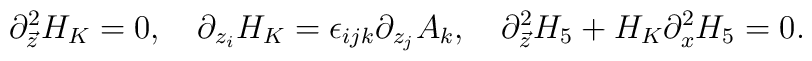
\partial^{2}_{\vec{z}}H_{K}=0,\ \ \ \partial_{z_{i}}H_{K}=\epsilon_{ijk}\partial_{z_{j}}A_{k},\ \ \ \partial^{2}_{\vec{z}}H_{5}+H_{K}\partial^{2}_xH_{5}=0.